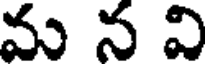
మ న వి